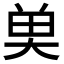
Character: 𮫭